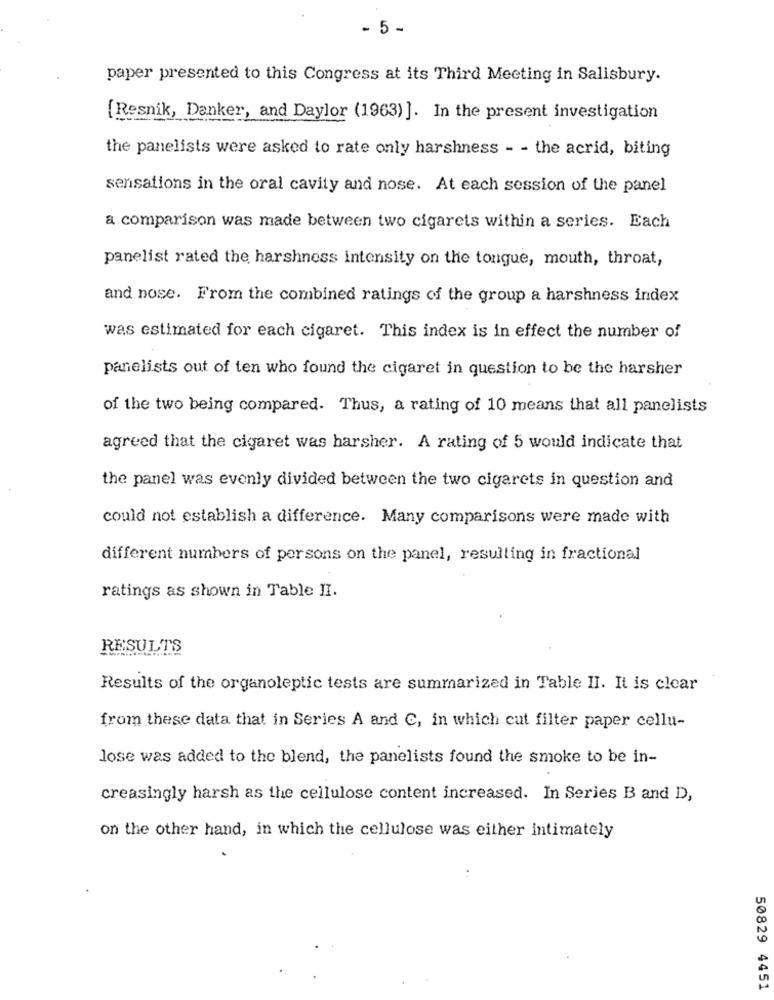
- 5 -
paper presented to this Congress at its Third Meeting in Salisbury.
[Resnik, Danker, and Daylor (1963)]. In the present investigation
the panelists were asked to rate only harshness - - the acrid, biting
sensations in the oral cavity and nose. At each session of the panel
a comparison was made between two cigarets within a series. Each
panelist rated the harshness intensity on the tongue, mouth, throat,
and nose. From the combined ratings of the group a harshness index
was estimated for each cigaret. This index is in effect the number of
panelists out of ten who found the cigaret in question to be the harsher
of the two being compared. Thus, a rating of 10 means that all panelists
agreed that the cigaret was harsher. A rating of 5 would indicate that
the panel was evenly divided between the two cigarets in question and
could not establish a difference. Many comparisons were made with
different numbers of persons on the panel, resulting in fractional
ratings as shown in Table II.
RESULTS
Results of the organoleptic tests are summarized in Table II. It is clear
from these data that in Series A and C, in which cut filter paper cellu-
Jose was added to the blend, the panelists found the smoke to be in-
creasingly harsh as the cellulose content increased. In Series B and D,
on the other hand, in which the cellulose was either intimately
50829 4451